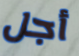
أجل